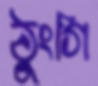
ঠুংগি